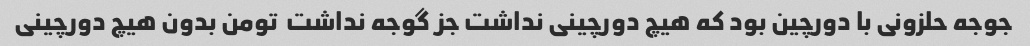
جوجه حلزونی با دورچین بود که هیچ دورچینی نداشت جز گوجه نداشت  تومن بدون هیچ دورچینی